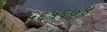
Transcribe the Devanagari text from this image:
५६५६७४